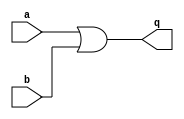
// Test type: Constant Expression - primary - specparam
// Vparser rule name:
module constantexpression(a,b,q);
input a,b;
output q;
specify
  specparam delay=15;
  (a=>q)=delay;
endspecify
or o1(q,a,b);
endmodule